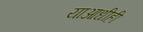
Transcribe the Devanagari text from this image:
याआधीही